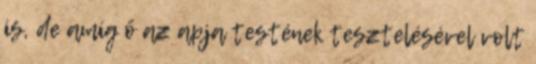
is, de amíg ő az apja testének tesztelésével volt